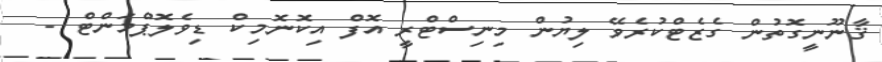
ޤާނޫނީގޮތުން ގެޒެޓްކުރެވޭ ލިޔުން މިނިސްޓްރީ އޮފް އިކޮނޮމިކް ޑިވެލޮޕްމަންޓް -